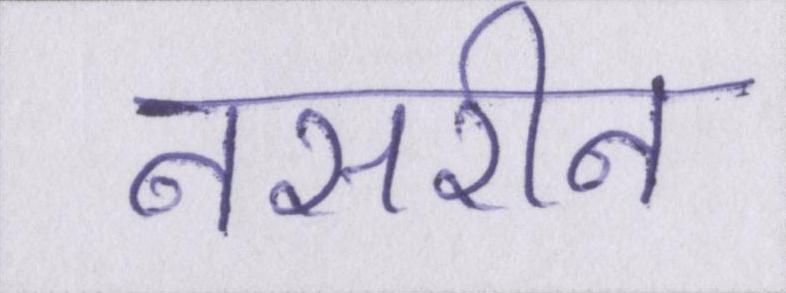
नसरीन